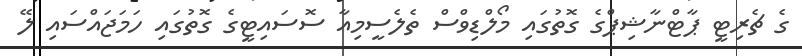
ގެ ޗެރިޓީ ޕާޓްނާޝިޕްގެ ގޮތުގައި މޯލްޑިވްސް ތެލެސީމިއާ ސޮސައިޓީގެ ގޮތުގައި ހަމަޖައްސައި ލޭ